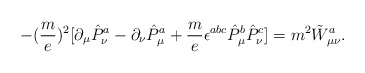
\begin{align*}-(\frac{m}{e})^2 [\partial_{\mu} \hat{P}^{a}_{\nu} - \partial_{\nu} \hat{P}^{a}_{\mu} + \frac{m}{e} \epsilon^{abc} \hat{P}^{b}_{\mu} \hat{P}^{c}_{\nu}] = m^2 \tilde{W}^{a}_{\mu\nu} .\end{align*}